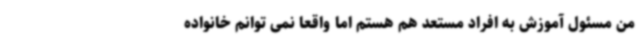
من مسئول آموزش به افراد مستعد هم هستم اما واقعا نمی توانم خانواده